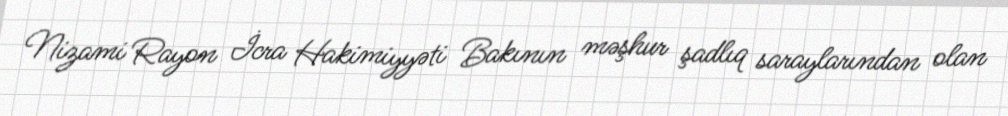
Nizami Rayon İcra Hakimiyyəti Bakının məşhur şadlıq saraylarından olan